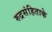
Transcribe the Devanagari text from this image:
रुद्रसंहिताके